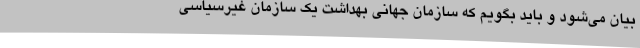
بیان می‌شود و باید بگویم که سازمان جهانی بهداشت یک سازمان غیرسیاسی